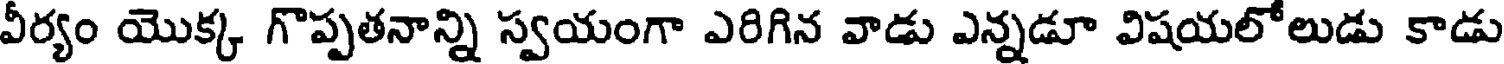
వీర్యం యొక్క గొప్పతనాన్ని స్వయంగా ఎరిగిన వాడు ఎన్నడూ విషయలోలుడు కాడు